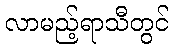
လာမည့်ရာသီတွင်